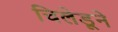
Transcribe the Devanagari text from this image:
चिलेडूने